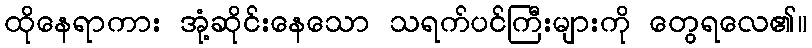
ထိုနေရာကား အုံ့ဆိုင်းနေသော သရက်ပင်ကြီးများကို တွေရလေ၏။